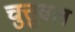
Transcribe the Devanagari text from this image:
चुत्तुवल